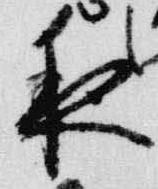
夜